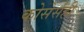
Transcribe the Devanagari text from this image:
कोसेर्सही